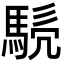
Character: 𩣤